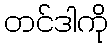
တင်ဒါကို